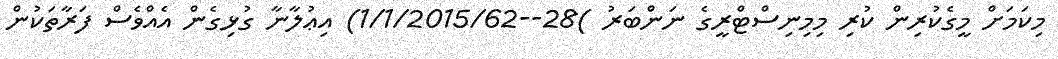
މިކަމަށް މީގެކުރިން ކުރި މިމިނިސްޓްރީގެ ނަންބަރު )28--1/1/2015/62) އިޢުލާނާ ގުޅިގެން އެއްވެސް ފަރާތަކުން